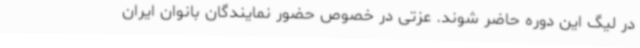
در لیگ این دوره حاضر شوند. عزتی در خصوص حضور نمایندگان بانوان ایران